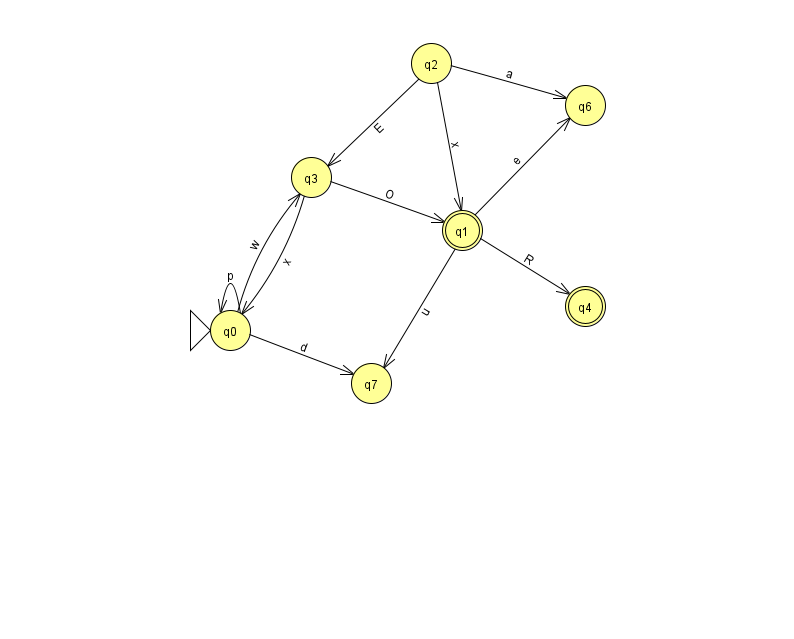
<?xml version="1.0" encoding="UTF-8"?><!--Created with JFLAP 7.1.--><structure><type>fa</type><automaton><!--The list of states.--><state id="0" name="q0"><x>230.0</x><y>317.0</y><initial/></state><state id="1" name="q1"><x>462.0</x><y>217.0</y><final/></state><state id="2" name="q2"><x>431.0</x><y>50.0</y></state><state id="3" name="q3"><x>311.0</x><y>164.0</y></state><state id="4" name="q4"><x>585.0</x><y>293.0</y><final/></state><state id="6" name="q6"><x>585.0</x><y>92.0</y></state><state id="7" name="q7"><x>371.0</x><y>370.0</y></state><!--The list of transitions.--><transition><from>0</from><to>0</to><read>p</read></transition><transition><from>0</from><to>3</to><read>w</read></transition><transition><from>3</from><to>1</to><read>O</read></transition><transition><from>1</from><to>6</to><read>e</read></transition><transition><from>0</from><to>7</to><read>d</read></transition><transition><from>2</from><to>6</to><read>a</read></transition><transition><from>1</from><to>4</to><read>R</read></transition><transition><from>1</from><to>7</to><read>u</read></transition><transition><from>2</from><to>1</to><read>x</read></transition><transition><from>3</from><to>0</to><read>x</read></transition><transition><from>2</from><to>3</to><read>E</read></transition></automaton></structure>